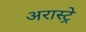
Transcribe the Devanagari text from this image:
अरास्ट्रे